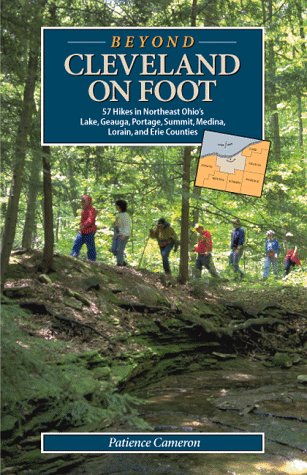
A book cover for Beyond Cleveland on Foot: 57 Hikes in Northeast Ohio's Lake, Geauga, Portage, Summit, Medina, Lorain, and Erie Counties; Patience Cameron; Travel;